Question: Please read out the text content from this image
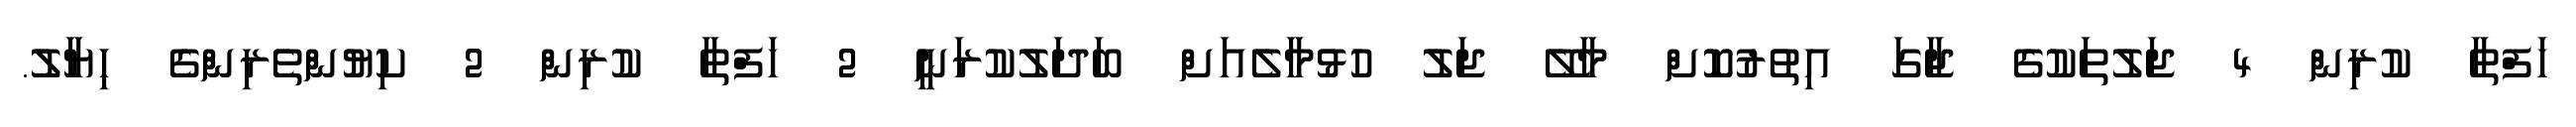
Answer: ހަފްތާ ކުރިން 4 ޖަލުތަކުގެ ޖާގަ އިތުރުކޮށް މާލޭ ޖަލު ހުޅުމާލެއަށް ބަދަލުކުރަނީ 2 ހަފްތާ ކުރިން 2 ކިޔުންތެރިންގެ ހިޔާލު.